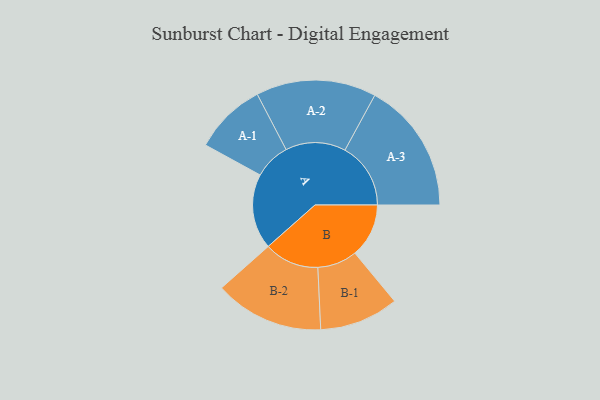
{"axis": {"x": "Segment", "y": "Value"}, "legend": ["", "A", "B"], "data": [{"x": "A", "y": 279, "type": ""}, {"x": "B", "y": 200, "type": ""}, {"x": "A-1", "y": 134, "type": "A"}, {"x": "A-2", "y": 223, "type": "A"}, {"x": "A-3", "y": 244, "type": "A"}, {"x": "B-1", "y": 147, "type": "B"}, {"x": "B-2", "y": 203, "type": "B"}]}